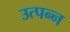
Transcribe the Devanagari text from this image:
उत्‍पन्‍न्‍ा